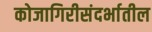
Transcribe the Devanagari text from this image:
कोजागिरीसंदर्भातील